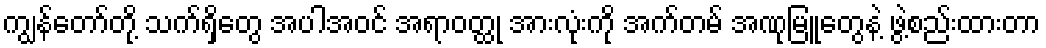
ကျွန်တော်တို့ သက်ရှိတွေ အပါအဝင် အရာဝတ္ထု အားလုံးကို အက်တမ် အဏုမြူတွေနဲ့ ဖွဲ့စည်းထားတာ